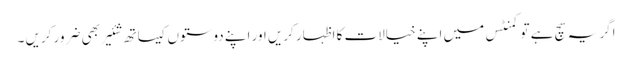
اگر یہ سچ ہے تو کمنٹس میں اپنے خیالات کا اظہار کریں اور اپنے دوستوں کیساتھ شئیر بھی ضرور کریں ۔